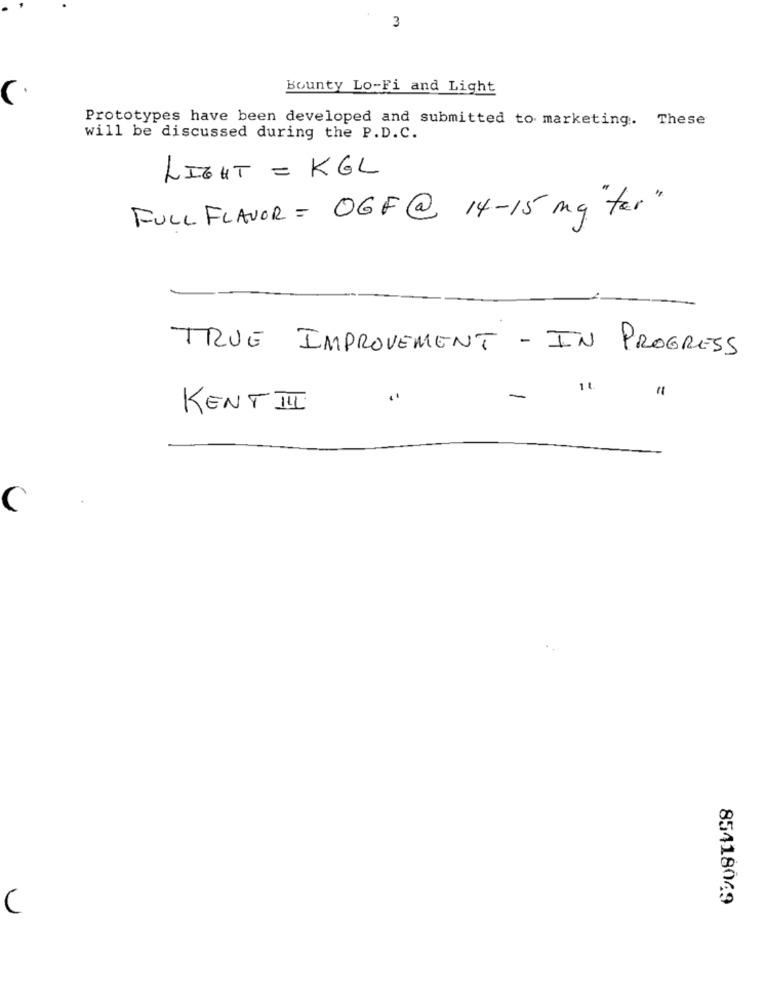
3
Bounty Lo-Fi and Light
Prototypes have been developed and submitted to marketing. These
will be discussed during the P.D.C.
LIGHT = KGL
FULL FLAVOR= OGF@ 14-15 mg"for"
TRUE IMPROVEMENT - IN PROGRESS
11
-
KENT II
C
85418069
C